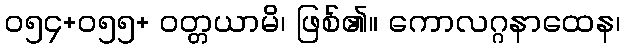
၀၅၄+၀၅၅+ ဝတ္တယာမိ၊ ဖြစ်၏။ ကောလဂ္ဂနာထေန၊